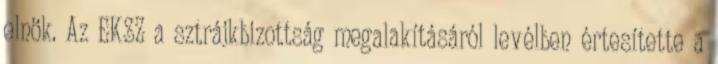
elnök. Az EKSZ a sztrájkbizottság megalakításáról levélben értesítette a